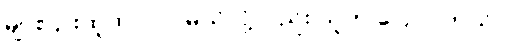
များပြားထူထပ်လာမယ်လို့လည်း သူက ပြောပါတယ်။